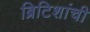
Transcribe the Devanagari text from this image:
ब्रिटिशांची